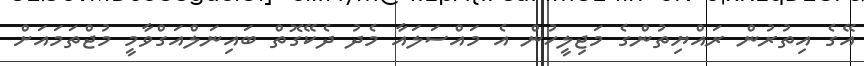
އޭގެ އިތުރުން ރައްޔިތުންގެ މަޖިލީހުން އެ މައްސަލައާ މެދު ދެކޭގޮތް ބައިނަލްއަގްވާމީ މުޖްތަމައަށް